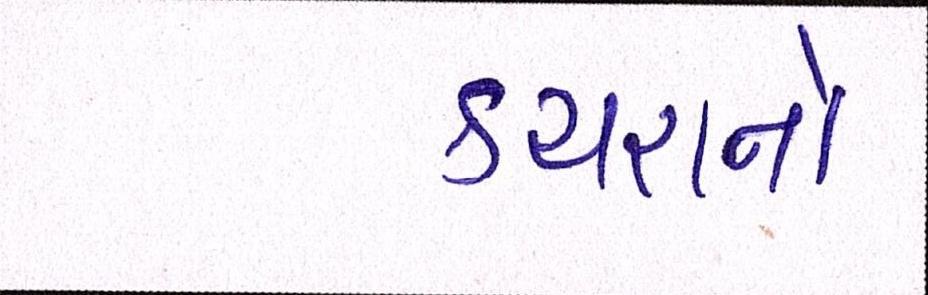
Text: કચરાનો